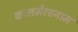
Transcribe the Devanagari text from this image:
कालभैरवनाम